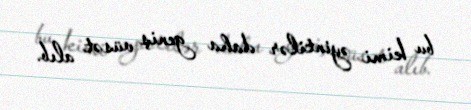
bu kimi əyintilər daha geniş vüsət alıb.